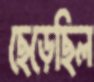
ছেড়েছিল